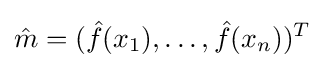
{\hat {m}}=({\hat {f}}(x_{1}),\ldots ,{\hat {f}}(x_{n}))^{T}